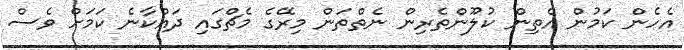
އެހެން ކަމުން އެތިން ކުލޫންތެރިން ނެތްތަން މިރޭގެ މެޗްގައި ދައްކާނެ ކަމަށް ވެސް